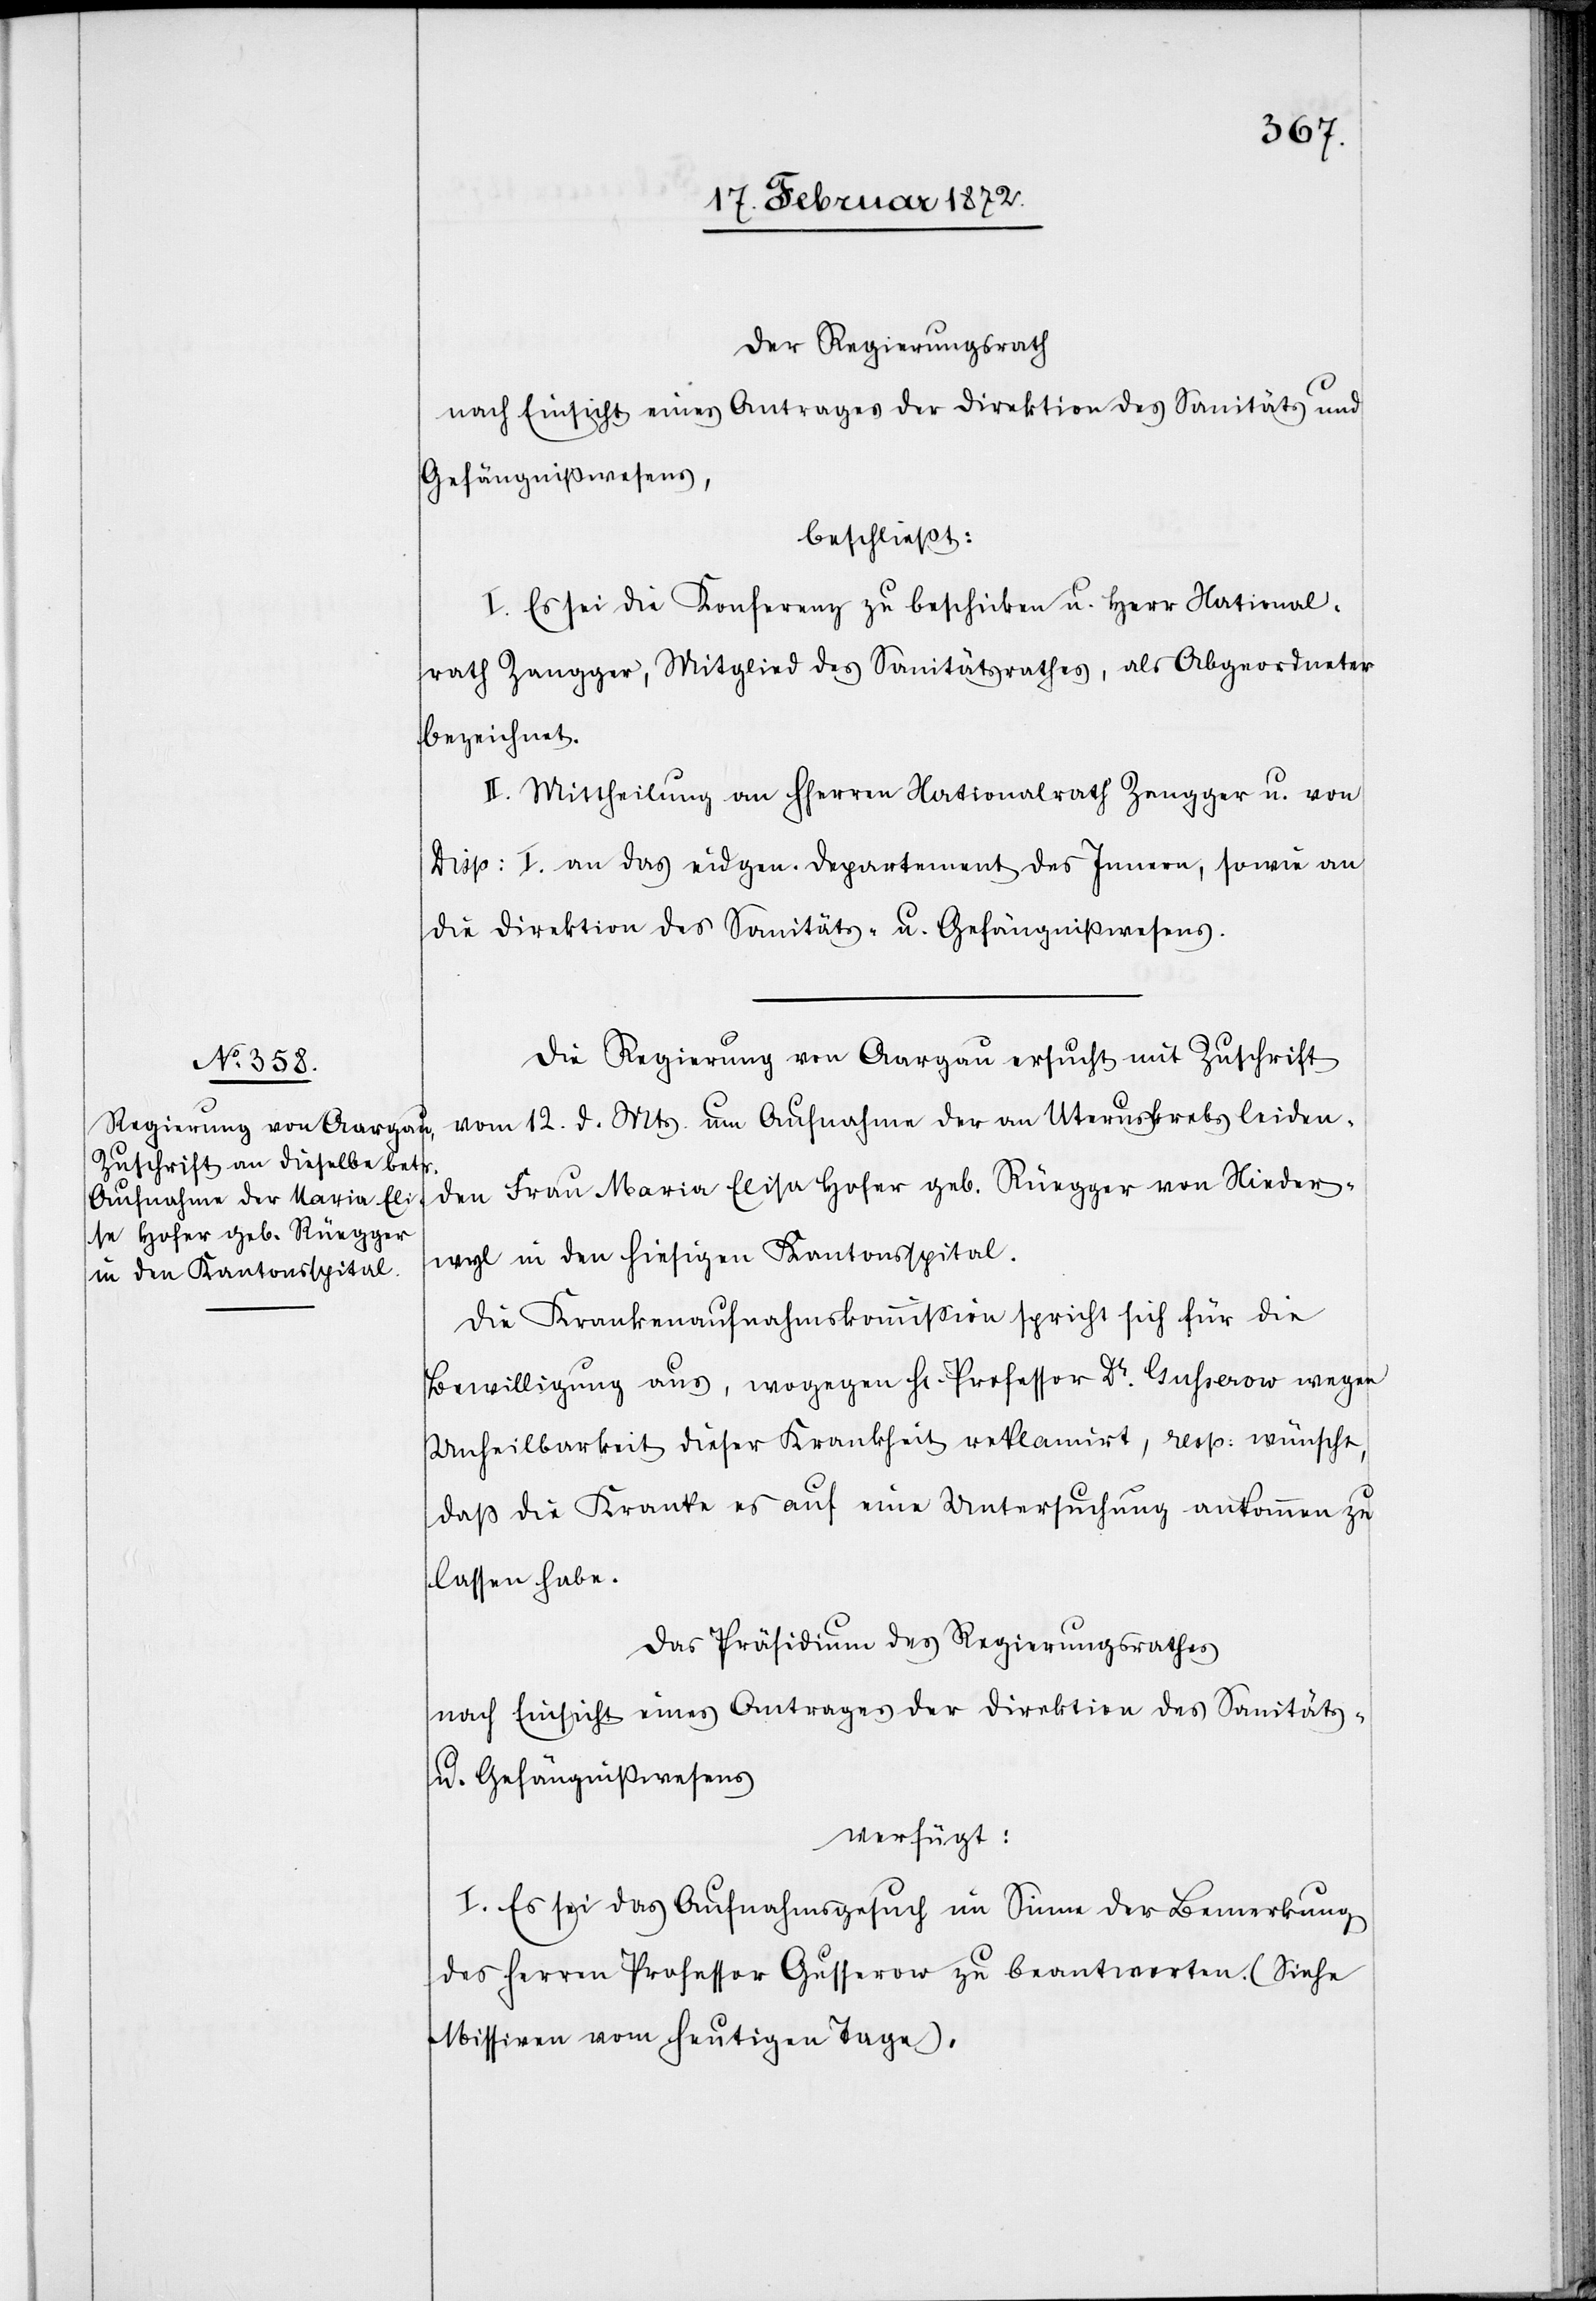
u.

Der Regierungsrath
Gefängnißwesens,
beschließt:
I. Es sei die Konferenz zu beschicken u. Herr National¬
rath Zangger, Mitglied des Sanitätsrathes, als Abgeordneter
bezeichnet.
II. Mittheilung an HHerren Nationalrath Zangger u. von
Disp. I. an das eidgen. Departement des Innern, sowie an
die Direktion des Sanitäts- u. Gefängnißwesens.
Die Regierung von Aargau ersucht mit Zuschrift
vom 12. d. Mts. um Aufnahme der an Uteruskrebs leiden¬
den Frau Maria Elisa [sic!] Hofer geb. Rüegger von Nieder¬
wyl in den hiesigen Kantonsspital.
Die Krankenaufnahmskommission spricht sich für die
Bewilligung aus, wogegen Hr. Professor Dr. Gusserow wegen
Unheilbarkeit dieser Krankheit reklamirt, resp. wünsche,
daß die Kranke es auf eine Untersuchung ankommen zu
lassen habe.
Das Präsidium des Regierungsrathes
nach Einsicht eines Antrages der Direktion des Sanitäts-
u. Gefängnißwesens
verfügt:
I. Es sei das Aufnahmsgesuch im Sinne der Bemerkung
des Herren Professor Gusserow zu beantworten. (Siehe
Missiven vom heutigen Tage).